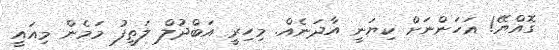
ގޮއްޔޭ! އަހަންނަށް ކިޔަނީ އާދަނެއް. މިހިރީ އަބްދުލް ލަތީފު މަމެން މިއައީ